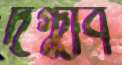
দগ্ধাব